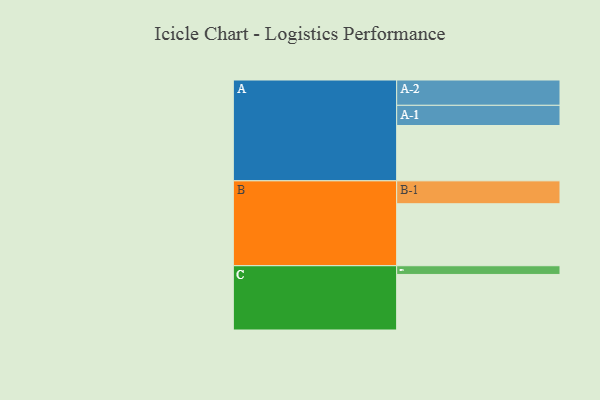
{"axis": {"x": "Segment", "y": "Value"}, "legend": ["", "A", "B", "C"], "data": [{"x": "A", "y": 507, "type": ""}, {"x": "B", "y": 568, "type": ""}, {"x": "C", "y": 509, "type": ""}, {"x": "A-1", "y": 185, "type": "A"}, {"x": "A-2", "y": 232, "type": "A"}, {"x": "B-1", "y": 210, "type": "B"}, {"x": "C-1", "y": 80, "type": "C"}]}